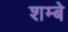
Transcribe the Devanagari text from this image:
शम्बे